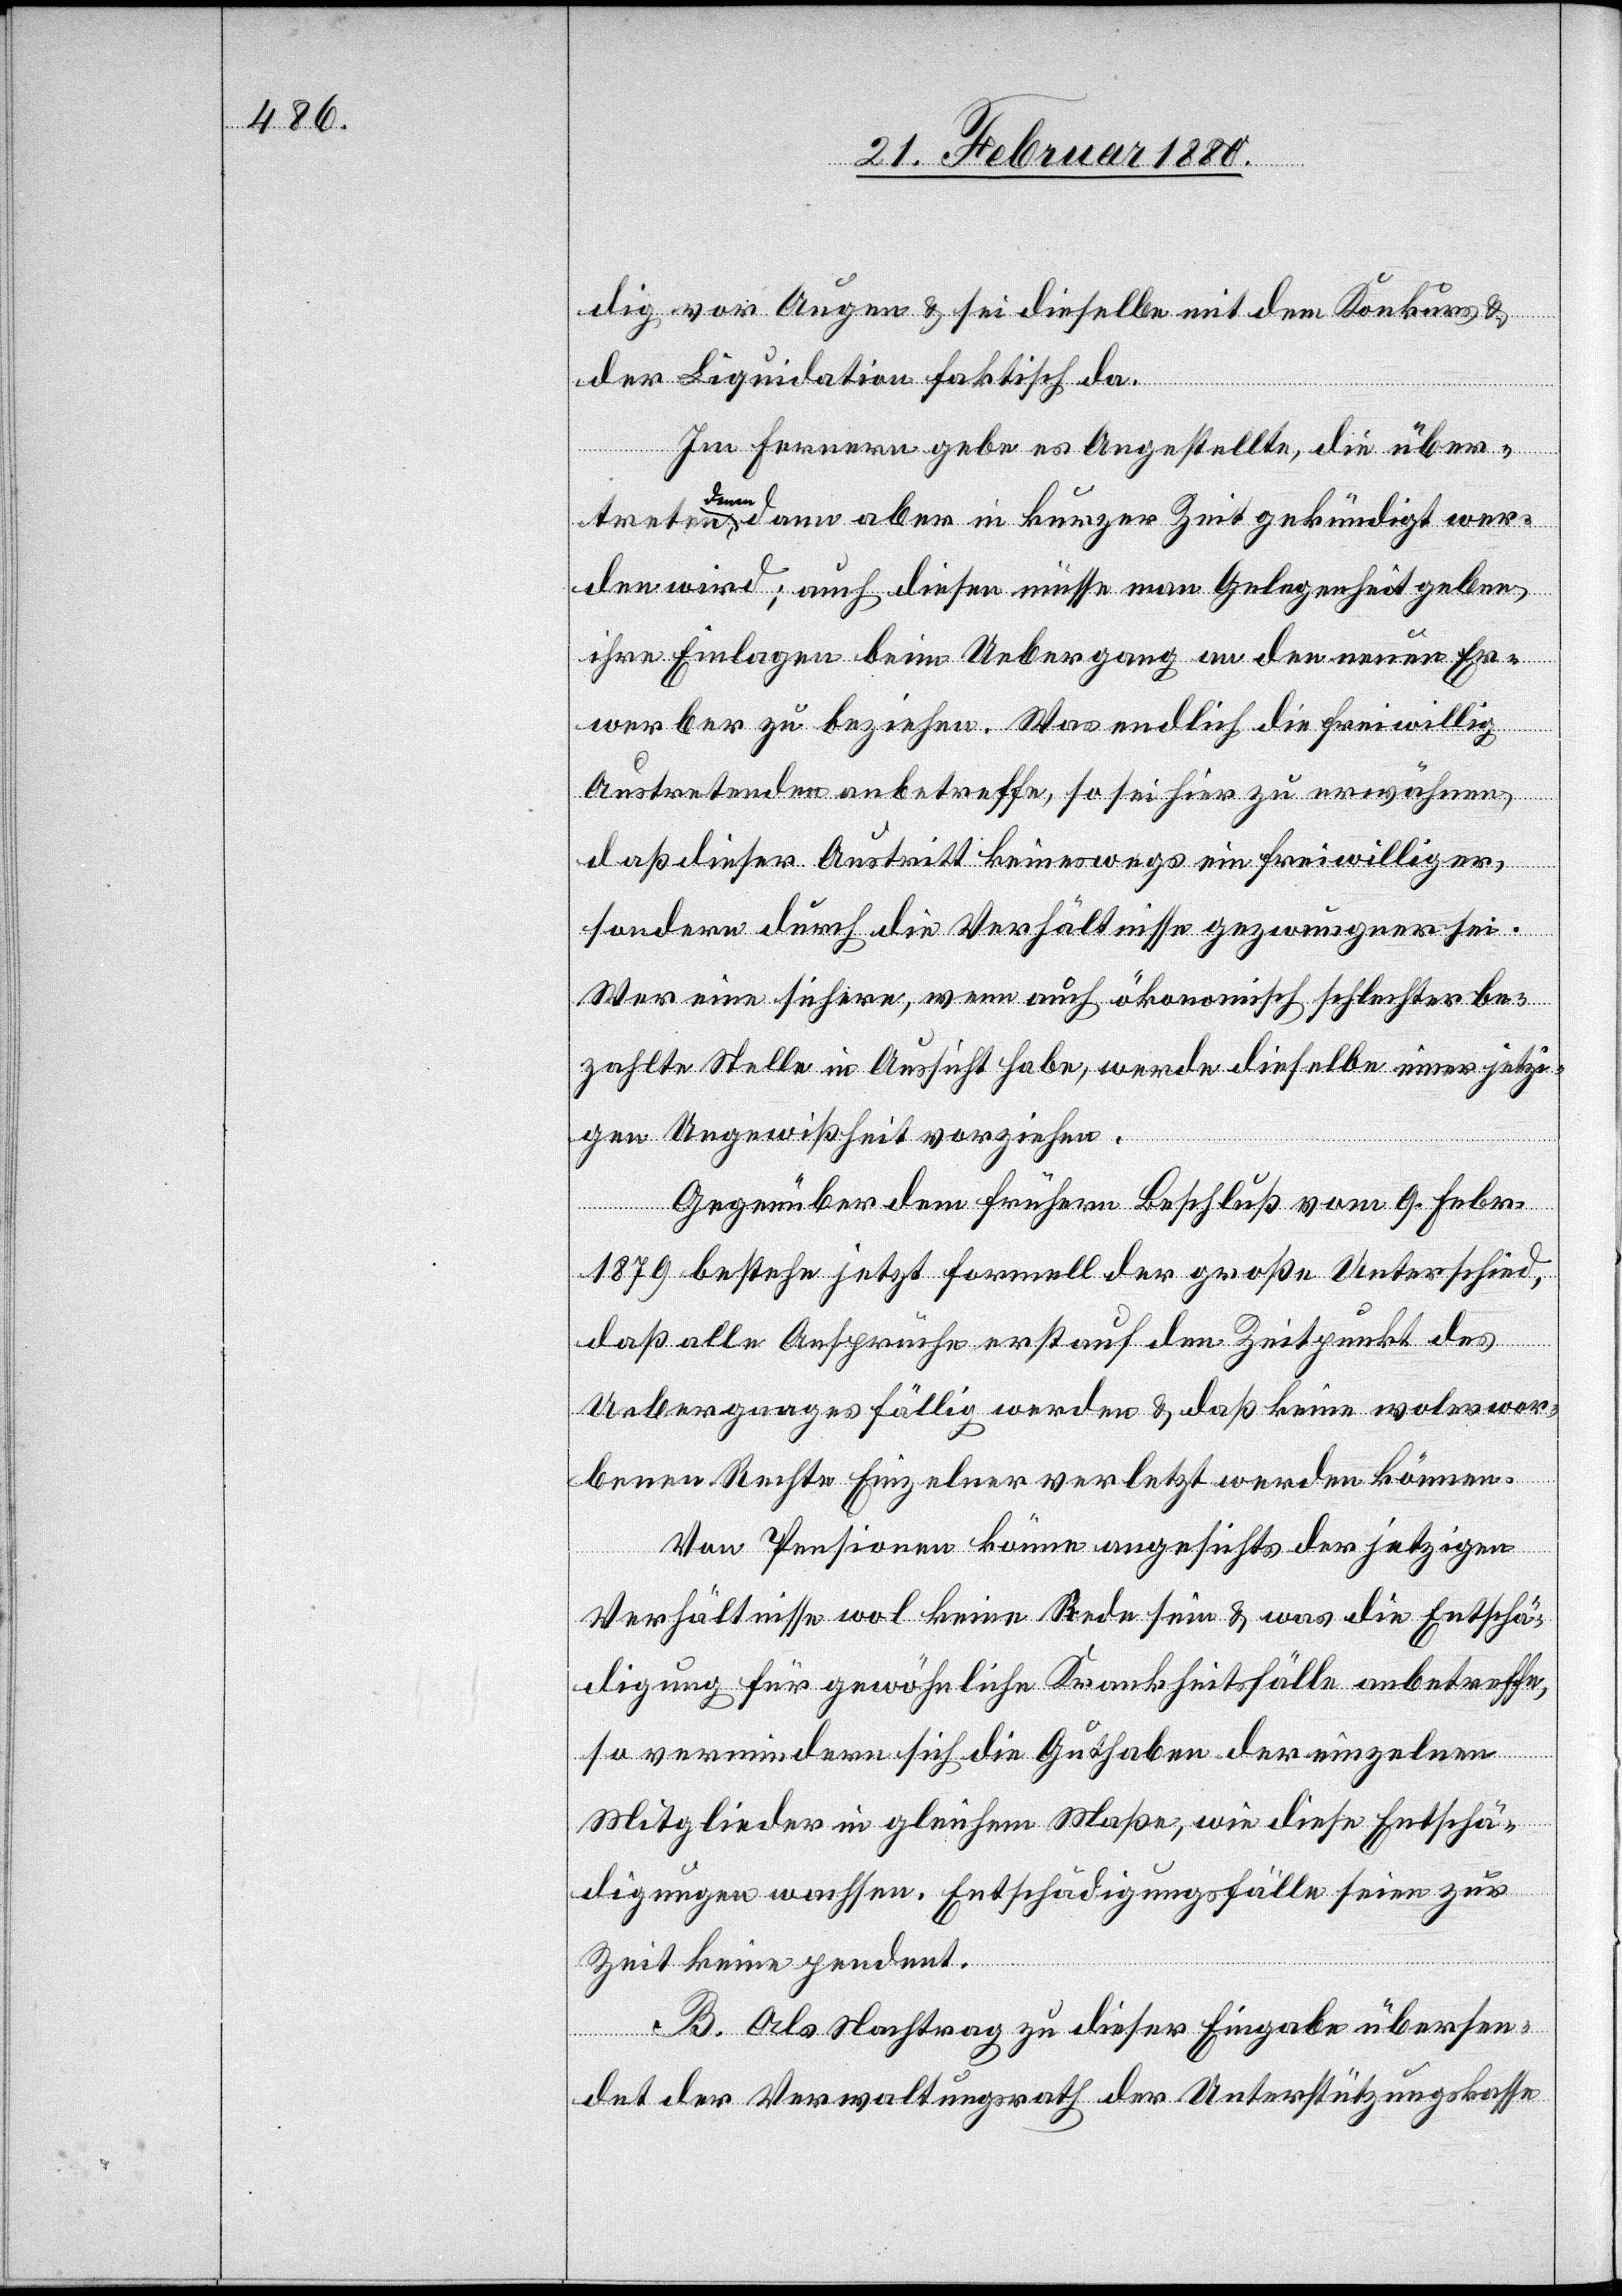
dig vor Augen & sei dieselbe mit dem Konkurs &
der Liquidation faktisch da.
Im Fernern gebe es Angestellte, die über¬
treten,
denen dann aber in kurzer Zeit gekündigt wer¬
den wird; auch diesen müsse man Gelegenheit geben,
ihre Einlagen beim Uebergang an den neuen Er¬
werber zu beziehen. Was endlich die freiwillig
Austretenden anbetreffe, so sei hier zu erwähnen,
daß dieser Austritt keineswegs ein freiwilliger,
sondern durch die Verhältnisse gezwungener sei.
Wer eine sichere, wenn auch ökonomisch schlechter be¬
zahlte Stelle in Aussicht habe, werde dieselbe einer jetzi¬
gen Ungewißheit vorziehen.
Gegenüber dem frühern Beschluß vom 9. Febr.
1879 bestehe jetzt formell der große Unterschied,
daß alle Ansprüche erst auf den Zeitpunkt des
Uebergangs fällig werden & daß keine wolerwor¬
benen Rechte Einzelner verletzt werden können.
Von Pensionen könne angesichts der jetzigen
Verhältnisse wol keine Rede sein & was die Entschä¬
digung für gewöhnliche Krankheitsfälle anbetreffe,
so vermindern sich die Guthaben der einzelnen
Mitglieder in gleichem Maße, wie diese Entschä¬
digungen wachsen. Entschädigungsfälle seien zur
Zeit keine pendent.
B. Als Nachtrag zu dieser Eingabe übersen¬
det der Verwaltungsrath der Unterstützungskasse